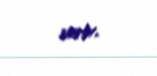
verir.